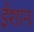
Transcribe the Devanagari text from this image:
ईशानः